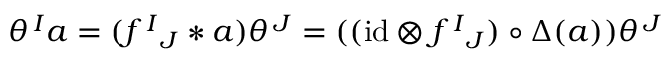
\theta ^ { \, I } a = ( f ^ { \, I } { } _ { J } \ast a ) \theta ^ { \, J } = ( ( \mathrm { i d } \otimes f ^ { \, I } { } _ { J } ) \circ \Delta ( a ) ) \theta ^ { \, J }